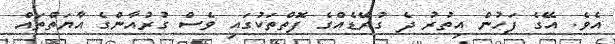
އެވެ. އޭގެ ފަހުން އިތުރު ދެ ގުރޭޑެއްގެ ފޮތްތަކުގައި ވެސް ގުރުއާންގެ އާޔަތްތައް